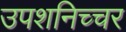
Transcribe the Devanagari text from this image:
उपशनिच्चर